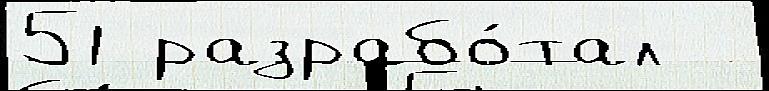
51 разрабо́тал